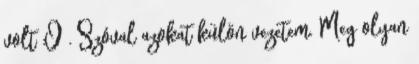
volt :O . Szóval azokat külön vezetem. Meg olyan